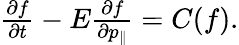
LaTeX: \begin{array}{r}{\frac{\partial f}{\partial t}-E\frac{\partial f}{\partial p_{\parallel}}=C(f).}\end{array}